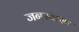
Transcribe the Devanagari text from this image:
जनस्वास्थ